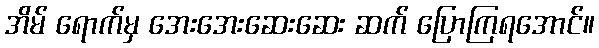
အိမ် ရောက်မှ အေးအေးဆေးဆေး ဆက် ပြောကြရအောင်။